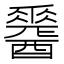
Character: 𨣩